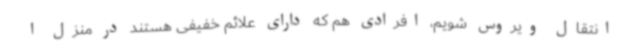
انتقال ویروس شویم، افرادی هم که دارای علائم خفیفی هستند در منزل ا